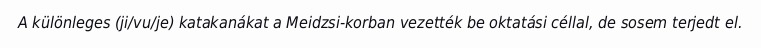
A különleges (ji/vu/je) katakanákat a Meidzsi-korban vezették be oktatási céllal, de sosem terjedt el.